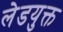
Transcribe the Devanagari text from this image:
लेडयुक्त